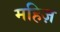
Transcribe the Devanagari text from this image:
महिज़